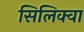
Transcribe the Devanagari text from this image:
सिलिक्वा